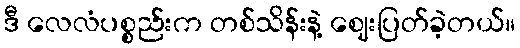
ဒီ လေလံပစ္စည်းက တစ်သိန်းနဲ့ ဈေးပြတ်ခဲ့တယ်။